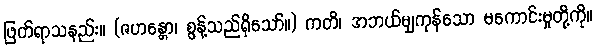
ဖြတ်ရာသနည်း။ (ဇဟန္တော၊ စွန့်သည်ရှိသော်။) ကတိ၊ အဘယ်မျှကုန်သော မကောင်းမှုတို့ကို။